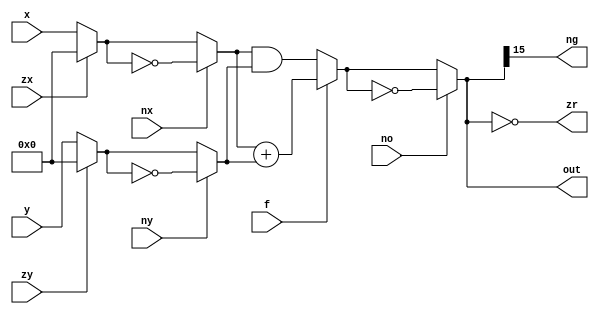
`timescale 1ns / 1ps

module ALU(
  input signed [15:0] x, y,
  input zx, nx, zy, ny,
  input f, no,
  output wire signed [15:0] out,
  output wire zr, ng
  );

  wire signed [15:0] zero_x = zx ? 16'b0 : x;
  wire signed [15:0] processed_x = nx ? ~zero_x : zero_x;

  wire signed [15:0] zero_y = zy ? 16'b0 : y;
  wire signed [15:0] processed_y = ny ? ~zero_y : zero_y;
  
  wire signed [15:0] caluculated = f ? processed_x + processed_y: processed_x & processed_y;
  assign out = no ? ~caluculated : caluculated;

  assign zr = out == 16'b0;
  assign ng = out[15] == 1'b1;

endmodule